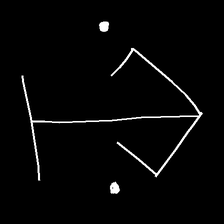
Glyph: earth